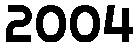
2004